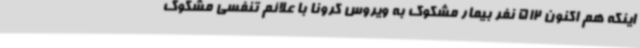
اینکه هم اکنون 512 نفر بیمار مشکوک به ویروس کرونا با علائم تنفسی مشکوک